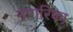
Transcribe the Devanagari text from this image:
नागरिका